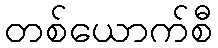
တစ်ယောက်စီ